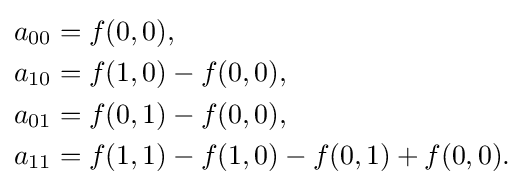
{\begin{aligned}a_{00}&=f(0,0),\\a_{10}&=f(1,0)-f(0,0),\\a_{01}&=f(0,1)-f(0,0),\\a_{11}&=f(1,1)-f(1,0)-f(0,1)+f(0,0).\end{aligned}}